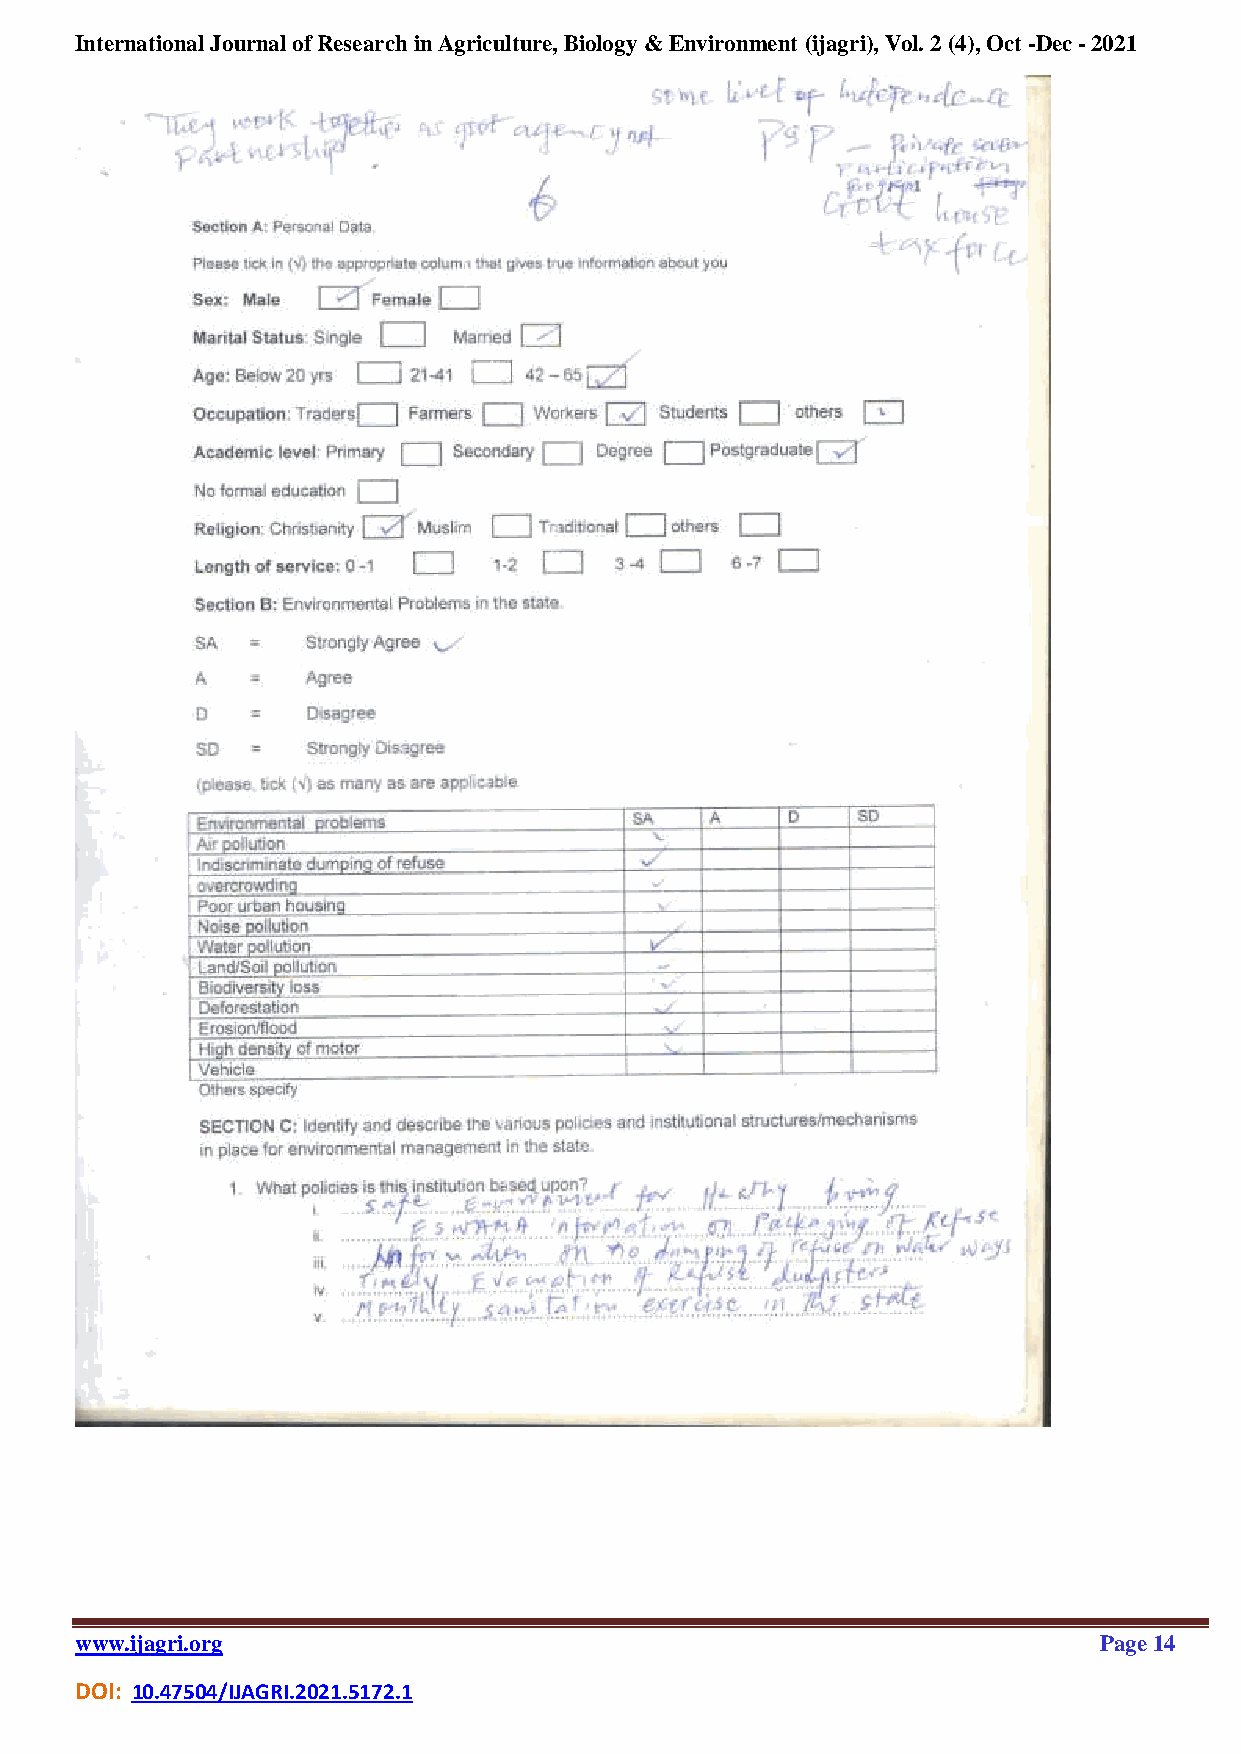
International Journal of Research in Agriculture, Biology & Environment (ijagri), Vol. 2 (4), Oct -Dec - 2021
 www.ijagri.org                                                      Page 14
 DOI: 10.47504/IJAGRI.2021.5172.1